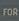
for